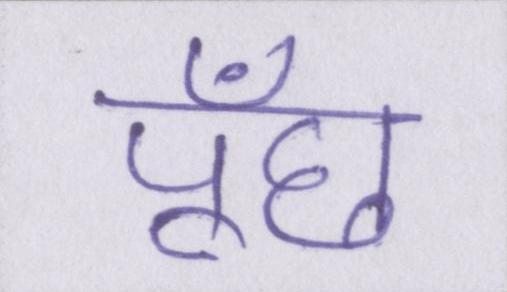
पूँछ